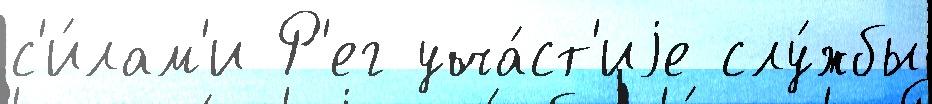
с'и́лам'и Р'ег уча́ст'иjе слу́жбы